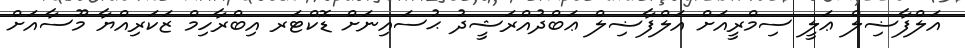
އަލްފާޟިލް ޢަލީ ސިމްރީއަށް އަލްފާޟިލް ޢަބްދުއްރަޝީދު ޙުސައިނަށް ޑޮކްޓަރ އިބްރާހިމް ޒަކަރިއްޔާ މޫސާއަށް